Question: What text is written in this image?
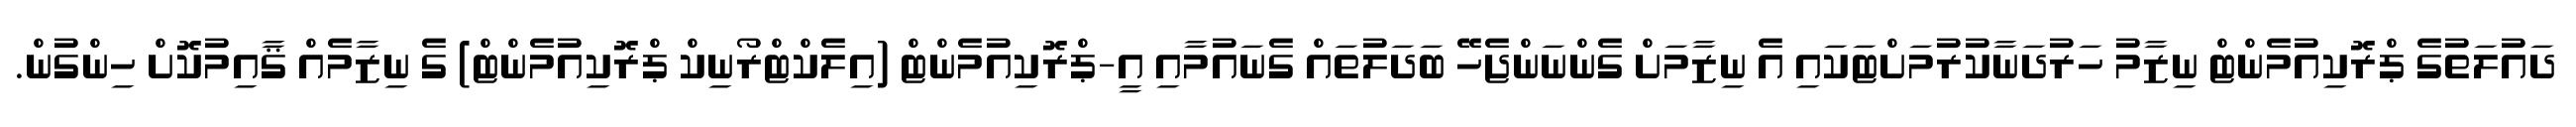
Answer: ދައުލަތުގެ ޕްރޮކިއުމެންޓް ނިޒާމު ހަރުދަނާކުރުމަށްޓަކައި އެ ނިޒާމަށް ގެންނަންޖެހޭ ބަދަލުތައް ގެނައުމާއި އީ-ޕްރޮކިއުމެންޓް (އިލެކްޓްރޯނިކް ޕްރޮކިއުމެންޓް) ގެ ނިޒާމެއް ޤާއިމުކޮށް ހިންގުން.